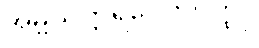
အမ္ဗသက္ကရပေတဝတ္ထု။